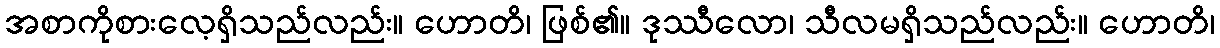
အစာကိုစားလေ့ရှိသည်လည်း။ ဟောတိ၊ ဖြစ်၏။ ဒုဿီလော၊ သီလမရှိသည်လည်း။ ဟောတိ၊